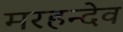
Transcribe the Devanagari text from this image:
मरहन्देव